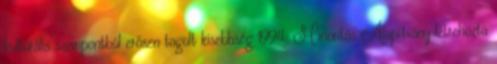
kulturális szempontból erősen tagolt kisebbség 1994: Minoritás Alapítvány létrehozta